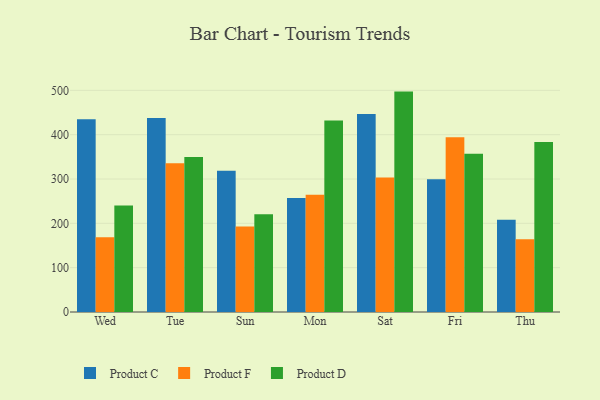
{"axis": {"x": "Day", "y": "Demand Index"}, "legend": ["Product C", "Product D", "Product F"], "data": [{"x": "Wed", "y": 434.6, "type": "Product C"}, {"x": "Wed", "y": 168.5, "type": "Product F"}, {"x": "Wed", "y": 240.3, "type": "Product D"}, {"x": "Tue", "y": 437.8, "type": "Product C"}, {"x": "Tue", "y": 335.7, "type": "Product F"}, {"x": "Tue", "y": 349.6, "type": "Product D"}, {"x": "Sun", "y": 318.6, "type": "Product C"}, {"x": "Sun", "y": 192.7, "type": "Product F"}, {"x": "Sun", "y": 220.5, "type": "Product D"}, {"x": "Mon", "y": 257.0, "type": "Product C"}, {"x": "Mon", "y": 264.7, "type": "Product F"}, {"x": "Mon", "y": 432.1, "type": "Product D"}, {"x": "Sat", "y": 446.8, "type": "Product C"}, {"x": "Sat", "y": 303.7, "type": "Product F"}, {"x": "Sat", "y": 497.2, "type": "Product D"}, {"x": "Fri", "y": 299.4, "type": "Product C"}, {"x": "Fri", "y": 394.3, "type": "Product F"}, {"x": "Fri", "y": 357.1, "type": "Product D"}, {"x": "Thu", "y": 208.1, "type": "Product C"}, {"x": "Thu", "y": 164.2, "type": "Product F"}, {"x": "Thu", "y": 383.6, "type": "Product D"}]}